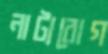
নাট্যরোগ